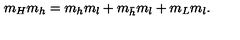
m _ { H } m _ { h } = m _ { h } m _ { l } + m _ { { \bar { h } } } m _ { l } + m _ { L } m _ { l } .